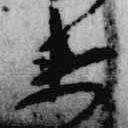
衛